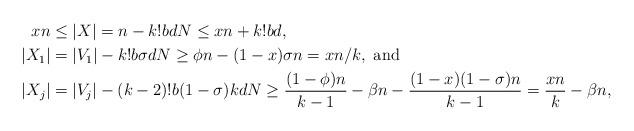
LaTeX: \begin{align*} xn & \leq |X| = n - k!bdN \leq xn + k!bd,\\|X_1| &= |V_1| - k!b\sigma dN \geq \phi n - (1-x)\sigma n = xn/k,\mbox{ and}\\|X_j| &= |V_j| - (k-2)!b(1-\sigma) kdN \geq \frac{(1-\phi)n}{k-1} - \beta n - \frac{(1-x)(1-\sigma)n}{k-1} = \frac{xn}{k}-\beta n,\end{align*}